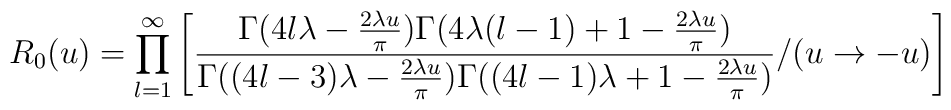
R_{0}(u)=\prod ^{\infty }_{l=1}\left[ \frac{\Gamma (4l\lambda -\frac{2\lambda u}{\pi })\Gamma (4\lambda (l-1)+1-\frac{2\lambda u}{\pi })}{\Gamma ((4l-3)\lambda -\frac{2\lambda u}{\pi })\Gamma ((4l-1)\lambda +1-\frac{2\lambda u}{\pi })}/(u\to -u)\right]